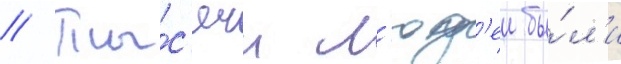
// Ты́с'ячи л'юд'еи бы́л'и